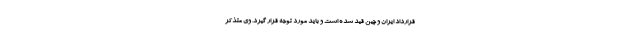
قرارداد ایران و چین قید شده است و باید مورد توجه قرار گیرد. وی متذکر